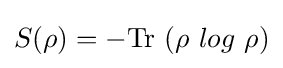
S(\rho )=-{\textrm {Tr}}~(\rho ~log~\rho )